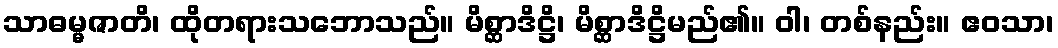
သာဓမ္မဇာတိ၊ ထိုတရားသဘောသည်။ မိစ္ဆာဒိဋ္ဌိ၊ မိစ္ဆာဒိဋ္ဌိမည်၏။ ဝါ၊ တစ်နည်း။ ဧဝသာ၊